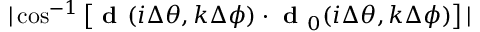
| \cos ^ { - 1 } \left[ \textbf { d } ( i \Delta \theta , k \Delta \phi ) \cdot \textbf { d } _ { 0 } ( i \Delta \theta , k \Delta \phi ) \right] |